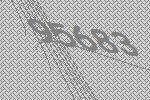
95683